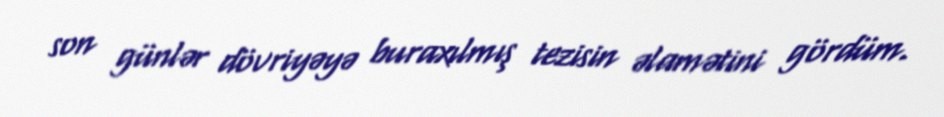
son günlər dövriyəyə buraxılmış tezisin əlamətini gördüm.